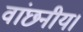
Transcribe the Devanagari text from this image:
वांछनीय।